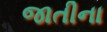
જાતીના